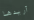
أريدها